Document type: Sale
Year: 1355
Scribe: Pere Borrell
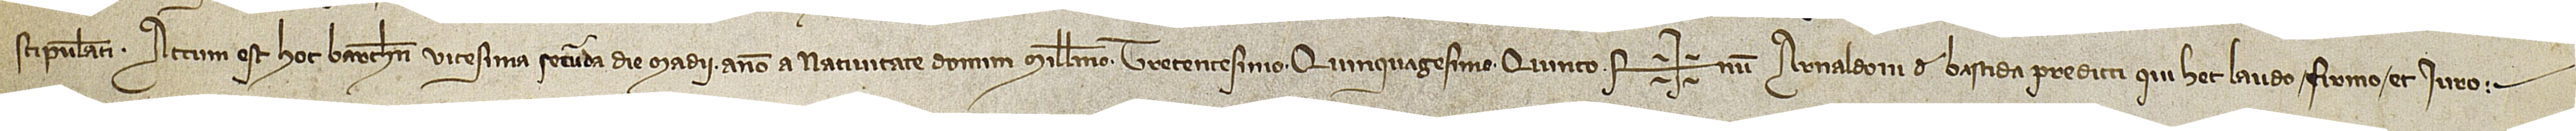
stipulanti. Actum est hoc Barchinone vicesima secunda die madii, anno a Nativitate Domini millesimo trecentesimo quinquagesimo quinto. Sig+num Arnaldoni de Bastida predicti, qui hec laudo, firmo et iuro.